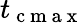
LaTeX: t_{\mathrm{~c~m~a~x~}}